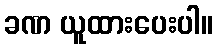
ခဏ ယူထားပေးပါ။